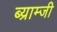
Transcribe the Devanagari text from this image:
ब्य्राम्जी